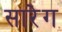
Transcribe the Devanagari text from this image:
सारेग